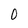
Character: 0